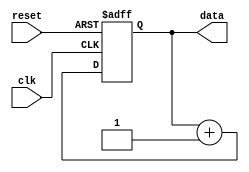
module repeat_loop (
    input wire clk,        // Clock signal
    input wire reset,      // Reset signal to exit the loop
    output reg [7:0] data  // Example output data
);

    // Initialization
    initial begin
        data = 8'b0; // Initialize data
    end

    // Continuous process
    always @(posedge clk or posedge reset) begin
        if (reset) begin
            // Handle reset condition
            data <= 8'b0; // Reset data or perform any necessary cleanup
        end else begin
            // Loop body: Perform operations continuously
            // Example operation: Increment data
            data <= data + 1;
        end
    end

endmodule